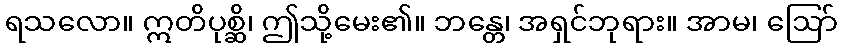
ရသလော။ ဣတိပုစ္ဆိ၊ ဤသို့မေး၏။ ဘန္တေ၊ အရှင်ဘုရား။ အာမ၊ ဩော်